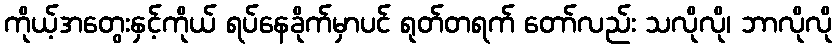
ကိုယ့်အတွေးနှင့်ကိုယ် ရပ်နေခိုက်မှာပင် ရုတ်တရက် တော်လည်း သလိုလို၊ ဘာလိုလို